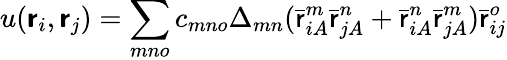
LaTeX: u(\boldsymbol{\mathsf{r}}_{i},\boldsymbol{\mathsf{r}}_{j})=\sum_{mno}c_{mno}\Delta_{mn}(\bar{{\mathsf{r}}}_{iA}^{m}\bar{{\mathsf{r}}}_{jA}^{n}+\bar{{\mathsf{r}}}_{iA}^{n}\bar{{\mathsf{r}}}_{jA}^{m})\bar{{\mathsf{r}}}_{ij}^{o}